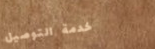
خدمة التوصيل